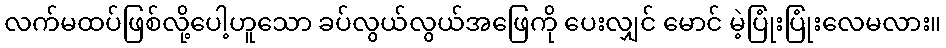
လက်မထပ်ဖြစ်လို့ပေါ့ဟူသော ခပ်လွယ်လွယ်အဖြေကို ပေးလျှင် မောင် မဲ့ပြုံးပြုံးလေမလား။